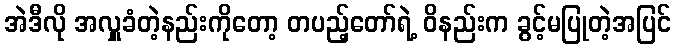
အဲဒီလို အလှူခံတဲ့နည်းကိုတော့ တပည့်တော်ရဲ့ ဝိနည်းက ခွင့်မပြုတဲ့အပြင်